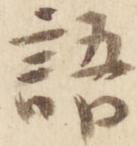
語